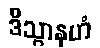
ဒိသွာနဟံ